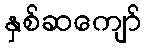
နှစ်ဆကျော်